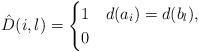
LaTeX: \begin{align*}\hat{D}(i,l) =\begin{cases} 1 & d(a_i) = d(b_l), \\0 & \end{cases} \end{align*}